Vaccination in Bombay 1902-1912 - 1902-1912
Year: 1902
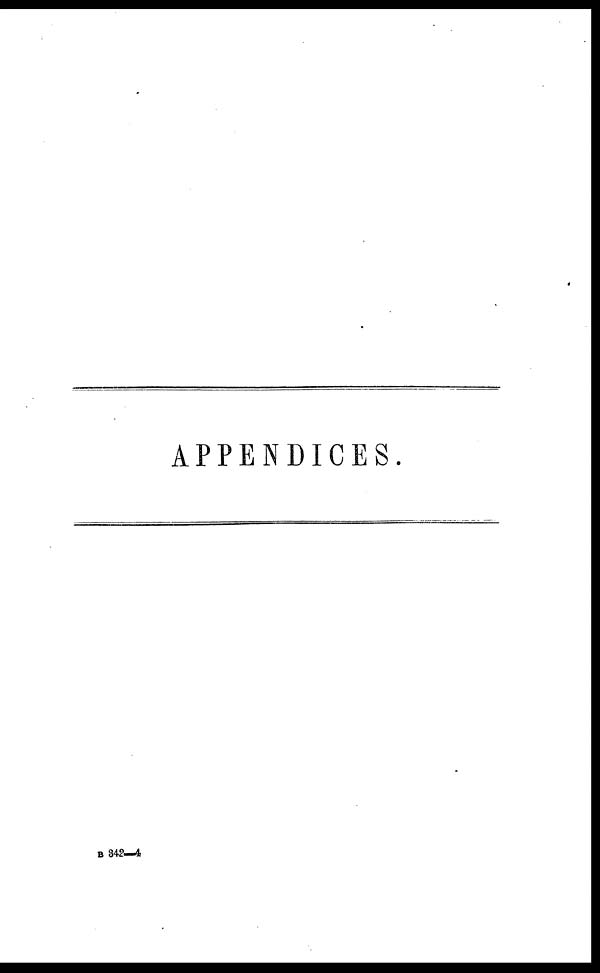
APPENDICES.
B 342—4